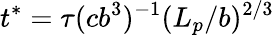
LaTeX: t^{*}=\tau(cb^{3})^{-1}(L_{p}/b)^{2/3}